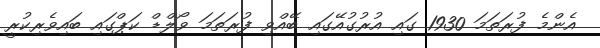
އެންމެ ފުރަތަމަ 1930 ގައި އުރުގުއޭގައި ބޭއްވި ފުރަތަމަ ވޯލްޑް ކަޕްގައި ބައިވެރިކުރީ